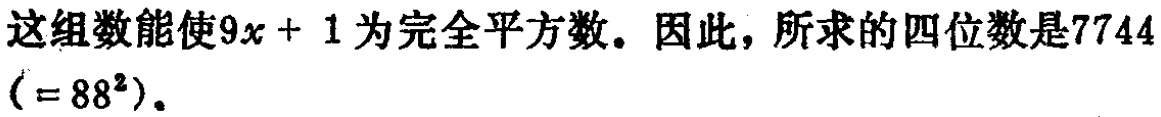
这组数能使\(9x + 1\)为完全平方数。因此，所求的四位数是\(7744\)（\(= 88^{2}\)）。